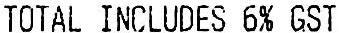
TOTAL INCLUDES 6% GST